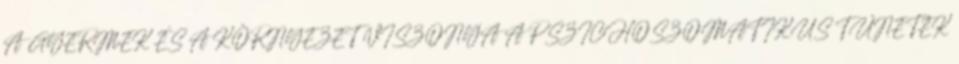
A GYERMEK ÉS A KÖRNYEZET VISZONYA A PSZICHOSZOMATIKUS TÜNETEK